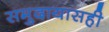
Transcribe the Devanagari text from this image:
समुदायासही